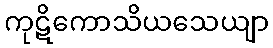
ကုဋိကောသိယသေယျာ